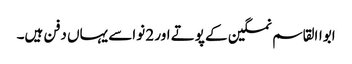
ابواالقاسم نمکین کے پوتے اور 2 نواسے یہاں دفن ہیں۔